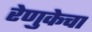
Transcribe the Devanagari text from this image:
रेणुकेचा